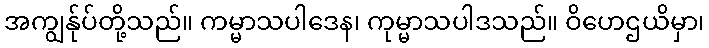
အကျွန်ုပ်တို့သည်။ ကမ္မာသပါဒေန၊ ကုမ္မာသပါဒသည်။ ဝိဟေဌယိမှာ၊